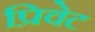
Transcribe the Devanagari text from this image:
प्रिवेट